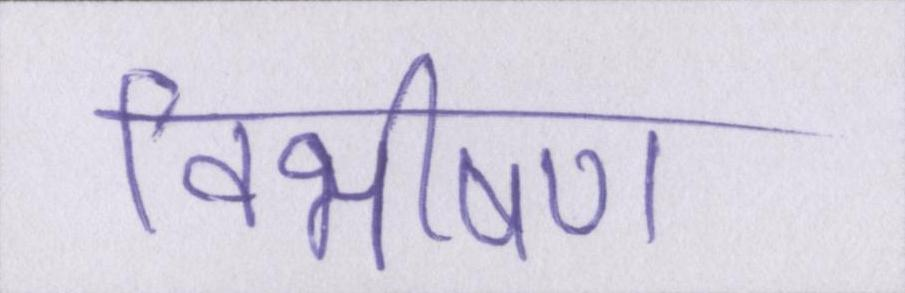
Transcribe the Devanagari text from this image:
विभीषण